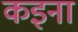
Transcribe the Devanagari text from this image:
कइना